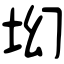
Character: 㘭